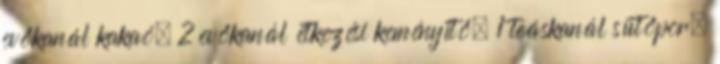
evőkanál kakaó, 2 evőkanál étkezési keményítő, 1 teáskanál sütőpor,